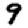
Digit: 9